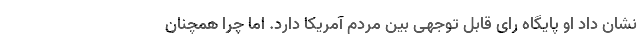
نشان داد او پایگاه رای قابل توجهی بین مردم آمریکا دارد. اما چرا همچنان